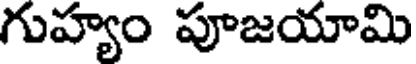
గుహ్యం పూజయామి